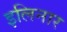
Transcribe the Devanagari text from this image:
इलिनार